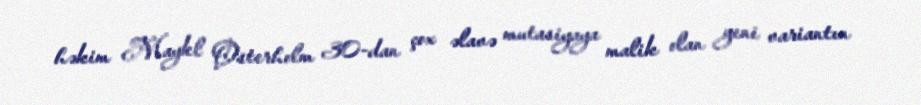
həkim Maykl Osterholm 30-dan çox əlavə mutasiyaya malik olan yeni variantın